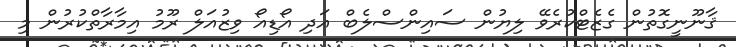
ޤާނޫނީގޮތުން ގެޒެޓްކުރެވޭ ލިޔުން ސައިންސްލެބް އަދި އޯޑިއޯ ވިޒުއަލް ރޫމު އިމާރާތްކުރުން މި